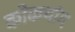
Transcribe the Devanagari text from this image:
कोकथांग